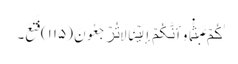
ٰکُمۡ عَبَثً۬ا وَأَنَّکُمۡ إِلَیۡنَا لَا تُرۡجَعُونَ (١١٥) فَتَعَ۔